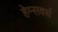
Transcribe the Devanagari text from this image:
हेम्सवर्थ